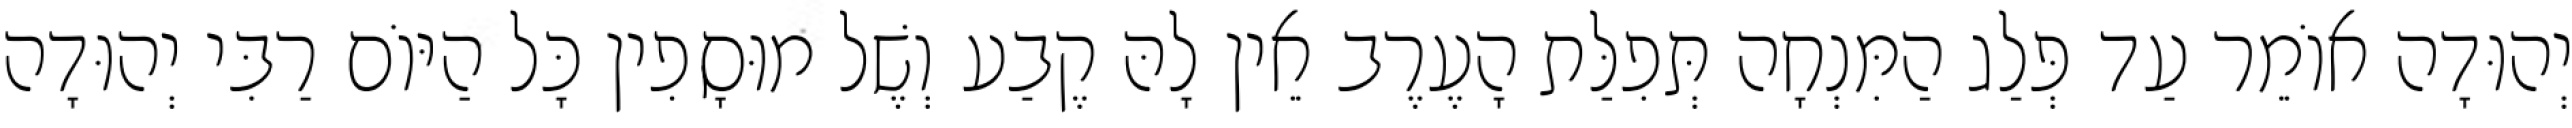
יְהוּדָה אוֹמֵר עַד פְּלַג הַמִּנְחָה תְּפִלַּת הָעֶרֶב אֵין לָהּ קֶבַע וְשֶׁל מוּסָפִין כָּל הַיּוֹם רַבִּי יְהוּדָה